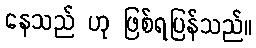
နေသည် ဟု ဖြစ်ရပြန်သည်။